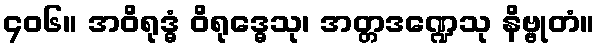
၄၀၆။ အဝိရုဒ္ဓံ ဝိရုဒ္ဓေသု၊ အတ္တဒဏ္ဍေသု နိဗ္ဗုတံ။